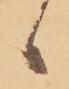
候